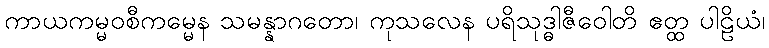
ကာယကမ္မဝစီကမ္မေန သမန္နာဂတော၊ ကုသလေန ပရိသုဒ္ဓါဇီဝေါတိ ဧတ္ထ ပါဠိယံ၊